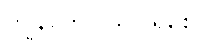
ကျွန်တော် သိပါရစေ။